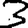
Digit: 3